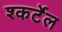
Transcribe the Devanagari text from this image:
श्कर्टेल